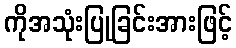
ကိုအသုံးပြုခြင်းအားဖြင့်